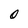
Character: O